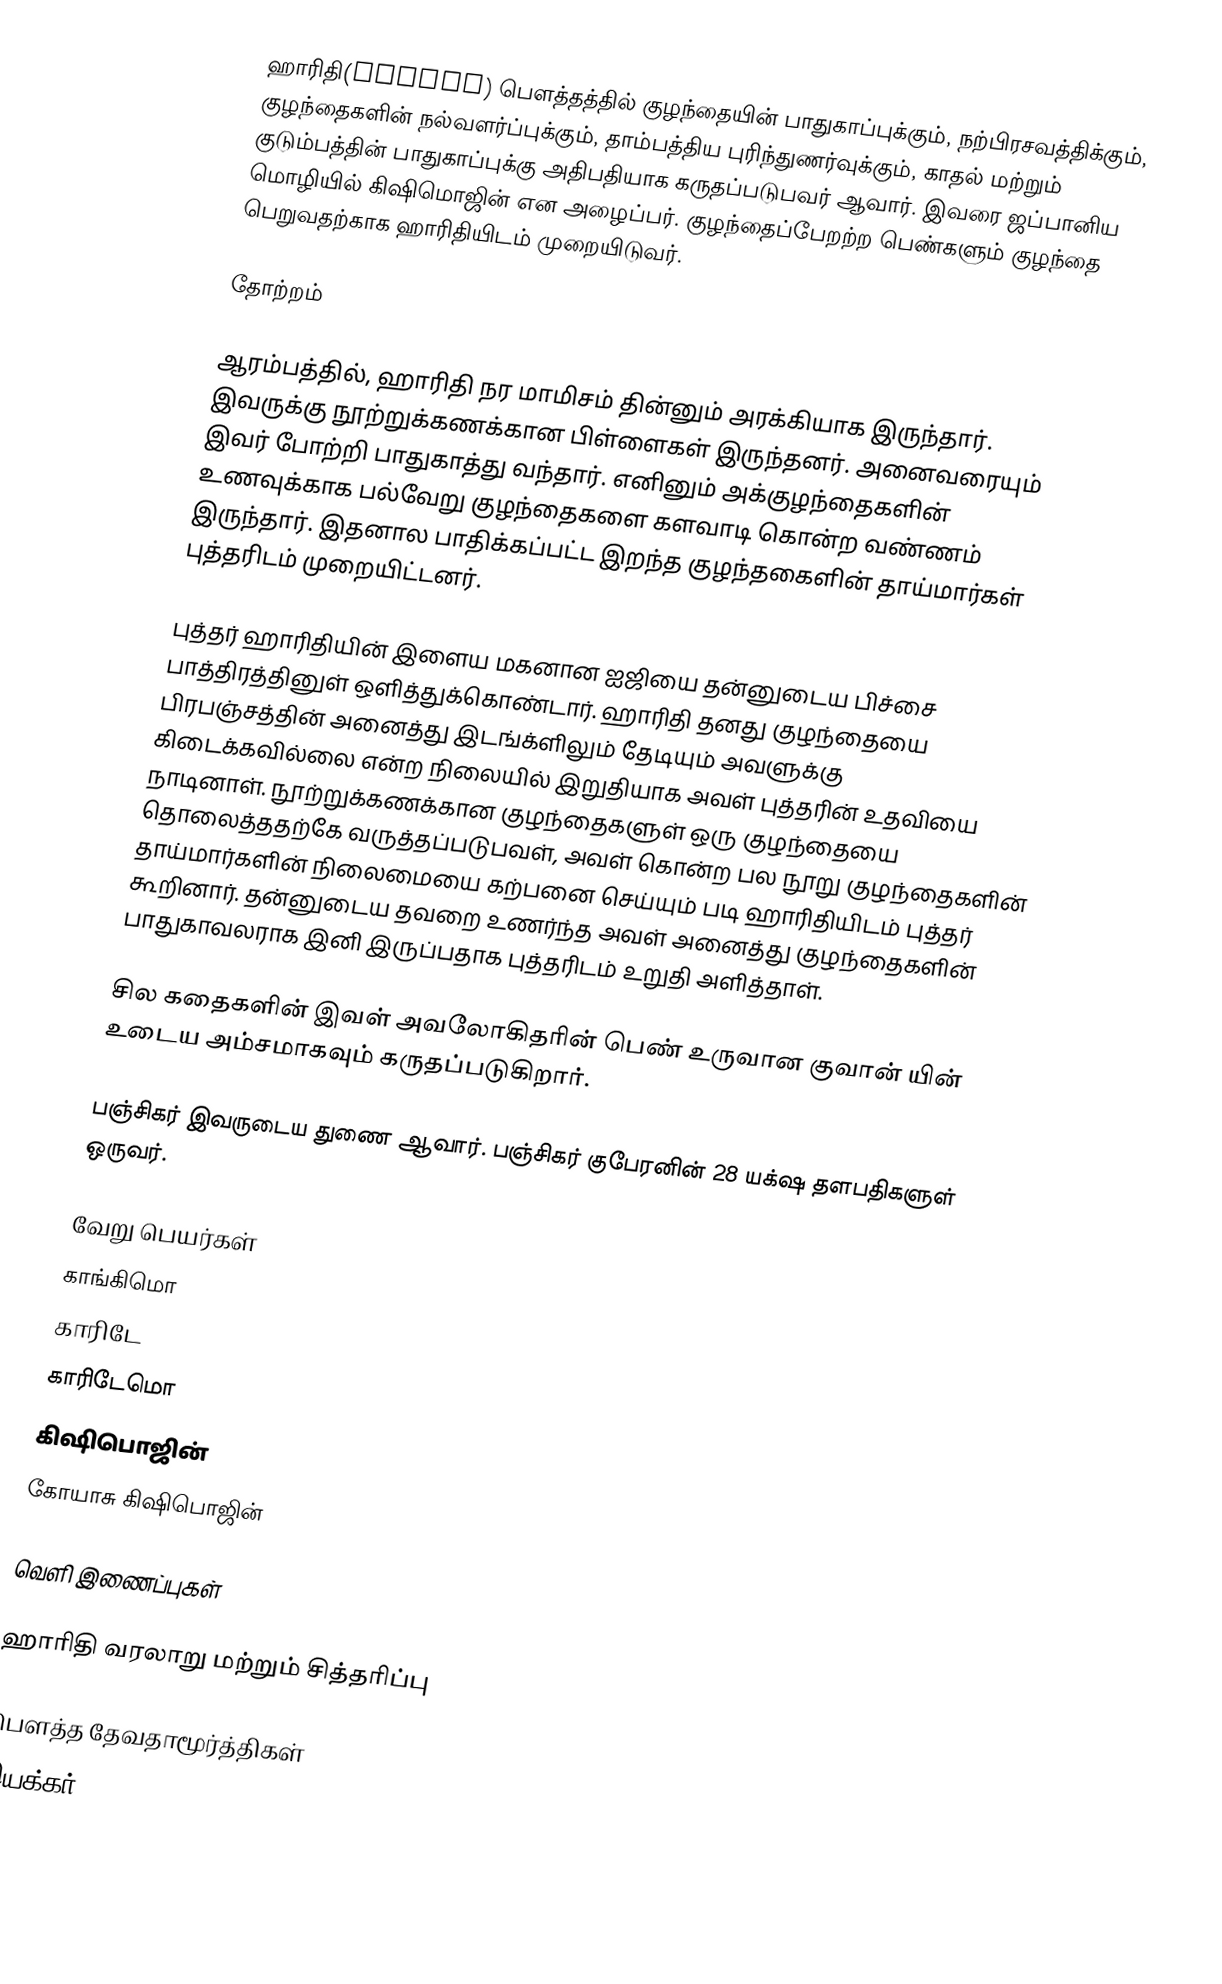
ஹாரிதி(हारीती) பௌத்தத்தில் குழந்தையின் பாதுகாப்புக்கும், நற்பிரசவத்திக்கும், குழந்தைகளின் நல்வளர்ப்புக்கும், தாம்பத்திய புரிந்துணர்வுக்கும், காதல் மற்றும் குடும்பத்தின் பாதுகாப்புக்கு அதிபதியாக கருதப்படுபவர் ஆவார். இவரை ஜப்பானிய மொழியில் கிஷிமொஜின் என அழைப்பர். குழந்தைப்பேறற்ற பெண்களும் குழந்தை பெறுவதற்காக ஹாரிதியிடம் முறையிடுவர்.

தோற்றம்

ஆரம்பத்தில், ஹாரிதி நர மாமிசம் தின்னும் அரக்கியாக இருந்தார். இவருக்கு நூற்றுக்கணக்கான பிள்ளைகள் இருந்தனர். அனைவரையும் இவர் போற்றி பாதுகாத்து வந்தார். எனினும் அக்குழந்தைகளின் உணவுக்காக பல்வேறு குழந்தைகளை களவாடி கொன்ற வண்ணம் இருந்தார். இதனால பாதிக்கப்பட்ட இறந்த குழந்தகைளின் தாய்மார்கள் புத்தரிடம் முறையிட்டனர்.

புத்தர் ஹாரிதியின் இளைய மகனான ஐஜியை தன்னுடைய பிச்சை பாத்திரத்தினுள் ஒளித்துக்கொண்டார். ஹாரிதி தனது குழந்தையை பிரபஞ்சத்தின் அனைத்து இடங்க்ளிலும் தேடியும் அவளுக்கு கிடைக்கவில்லை என்ற நிலையில் இறுதியாக அவள் புத்தரின் உதவியை நாடினாள். நூற்றுக்கணக்கான குழந்தைகளுள் ஒரு குழந்தையை தொலைத்ததற்கே வருத்தப்படுபவள், அவள் கொன்ற பல நூறு குழந்தைகளின் தாய்மார்களின் நிலைமையை கற்பனை செய்யும் படி ஹாரிதியிடம் புத்தர் கூறினார். தன்னுடைய தவறை உணர்ந்த அவள் அனைத்து குழந்தைகளின் பாதுகாவலராக இனி இருப்பதாக புத்தரிடம் உறுதி அளித்தாள்.

சில கதைகளின் இவள் அவலோகிதரின் பெண் உருவான குவான் யின் உடைய அம்சமாகவும் கருதப்படுகிறார்.

பஞ்சிகர் இவருடைய துணை ஆவார். பஞ்சிகர் குபேரனின் 28 யக்‌ஷ தளபதிகளுள் ஒருவர்.

வேறு பெயர்கள்
 காங்கிமொ
 காரிடே
 காரிடேமொ
 கிஷிபொஜின்
 கோயாசு கிஷிபொஜின்

வெளி இணைப்புகள்

 ஹாரிதி வரலாறு மற்றும் சித்தரிப்பு

பௌத்த தேவதாமூர்த்திகள்
இயக்கர்